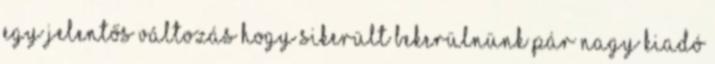
Egy jelentős változás hogy sikerült bekerülnünk pár nagy kiadó